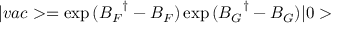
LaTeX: | v a c > = \exp { ( { B _ { F } } ^ { \dagger } - B _ { F } ) } \exp { ( { B _ { G } } ^ { \dagger } - B _ { G } ) } | 0 >